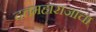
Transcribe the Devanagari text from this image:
दत्तमहाराजांचा